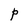
Character: P